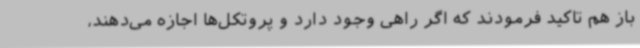
باز هم تاکید فرمودند که اگر راهی وجود دارد و پروتکل‌ها اجازه می‌دهند،